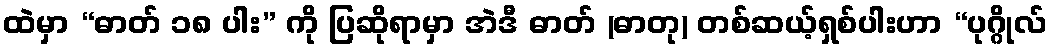
ထဲမှာ “ဓာတ် ၁၈ ပါး” ကို ပြဆိုရာမှာ အဲဒီ ဓာတ် (ဓာတု) တစ်ဆယ့်ရှစ်ပါးဟာ “ပုဂ္ဂိုလ်